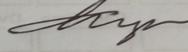
Signature authenticity: genuine